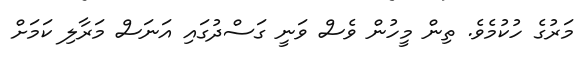
މަރުގެ ހުކުމެވެ. ތިން މީހުން ވެސް ވަނީ ގަސްދުގައި އަނަސް މަރާލި ކަމަށް